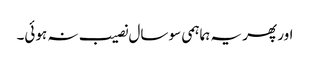
اور پھر یہ ہماہمی سو سال نصیب نہ ہوئی۔